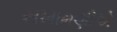
સખામણીએ